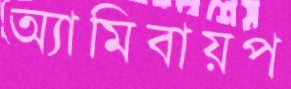
অ্যামিবায়প